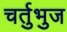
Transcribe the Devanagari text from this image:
चर्तुभुज